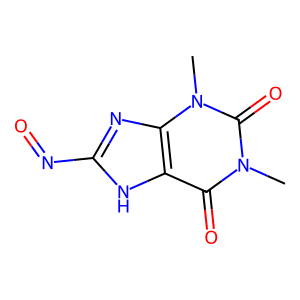
SMILES: Cn1c(=O)c2[nH]c(N=O)nc2n(C)c1=O
Inhibits HIV replication: No